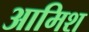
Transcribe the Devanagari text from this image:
आमिश